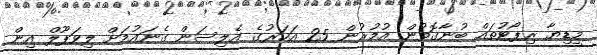
މީޑިޔާ ރިޕޯޓުތައް ބުނާގޮތުން އުމުރުން 25 އަހަރުގެ އެލިސަން ގެނައުމަށް ލިވަޕޫލް އިން